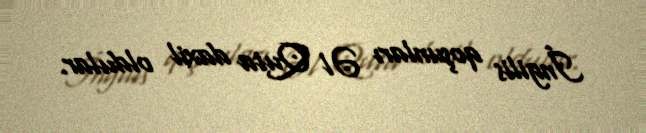
İngilis qoşunları Əl Quta daxil oldular.